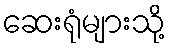
ဆေးရုံများသို့